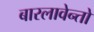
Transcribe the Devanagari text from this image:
बारलावेन्तो